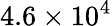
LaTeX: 4.6\times 10^{4}